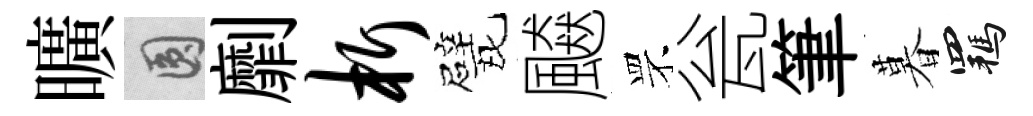
曠圓劘析戏飇罘瓮筆暮羈